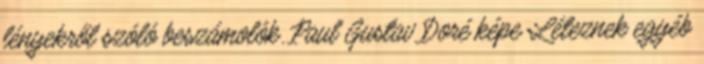
lényekről szóló beszámolók. Paul Gustav Doré képe Léteznek egyéb